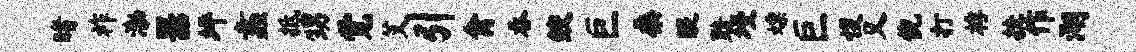
睹祚渤器坪蠡抵甥觉艾引禽吞鲛巨桑醍黯墁嫖巨愎又倪打桴挂作湖